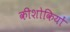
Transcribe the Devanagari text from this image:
कीशोकियों